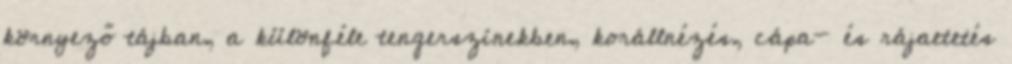
környező tájban, a különféle tengerszínekben, korállnézés, cápa- és rájaetetés